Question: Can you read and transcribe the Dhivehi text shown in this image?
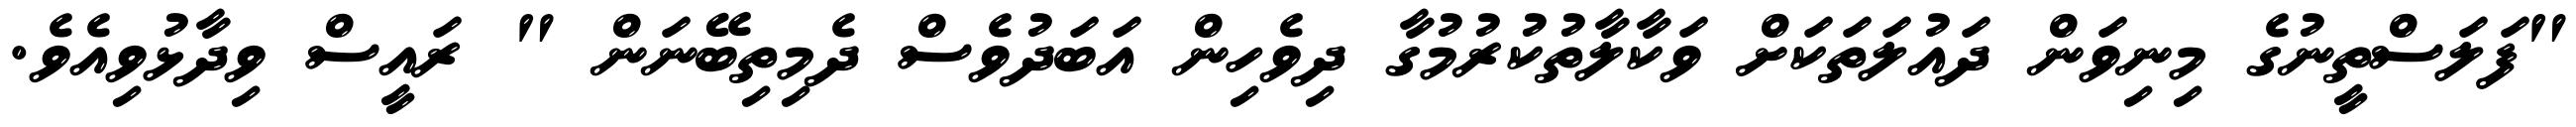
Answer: "ފަލަސްތީނުގެ މިނިވަން ދައުލަތަކަށް ވަކާލާތުކުރުމުގާ ދިވެހިން އަބަދުވެސް ދެމިތިބޭނަން " ރައީސް ވިދާޅުވިއެވެ.